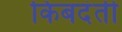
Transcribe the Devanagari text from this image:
किबदंती